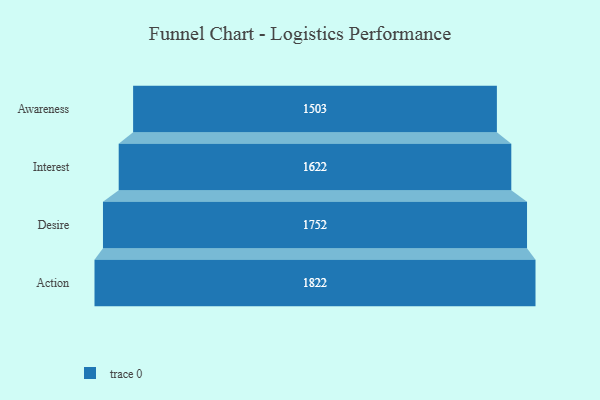
{"axis": {"x": "Stage", "y": "Value"}, "legend": [""], "data": [{"x": "Awareness", "y": 1503.0, "type": ""}, {"x": "Interest", "y": 1622.0, "type": ""}, {"x": "Desire", "y": 1752.0, "type": ""}, {"x": "Action", "y": 1822.0, "type": ""}]}